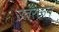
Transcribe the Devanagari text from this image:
उतरऊन